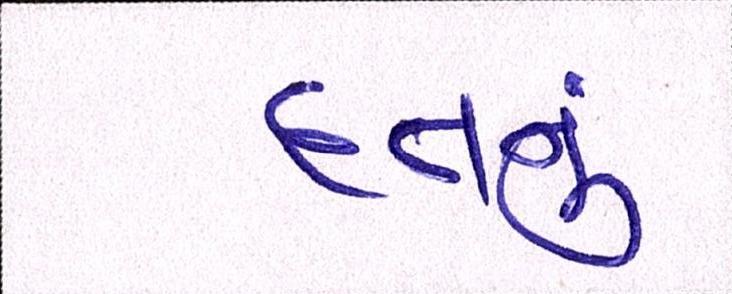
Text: દત્તનું